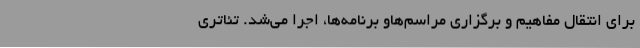
برای انتقال مفاهیم و برگزاری مراسم‌هاو برنامه‌ها، اجرا می‌شد. تئاتری